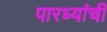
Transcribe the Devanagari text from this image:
पारध्यांची